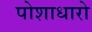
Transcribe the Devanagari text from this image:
पोशाधारो